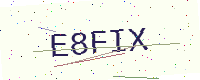
Text: E8FIX